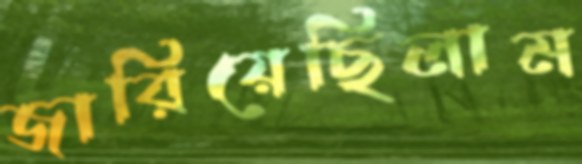
জারিয়েছিলাম